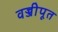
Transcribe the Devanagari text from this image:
वज्जीपूत